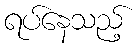
ရပ်နေသည့်